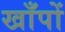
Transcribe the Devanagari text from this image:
खाँपों